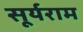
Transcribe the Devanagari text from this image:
सूर्यराम